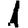
Digit: 1